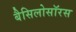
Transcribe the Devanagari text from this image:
बैसिलोसॉरस